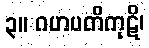
၃။ ဂဟပတိကုဋိ၊